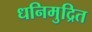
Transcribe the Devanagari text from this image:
धनिमुद्रित